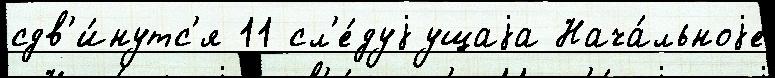
сдв'и́нутс'я 11 сл'е́дуjущаjа Нача́льноjе